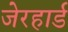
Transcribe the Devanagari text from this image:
जेरहार्ड